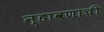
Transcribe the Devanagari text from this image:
न्हावणाची